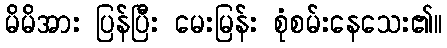
မိမိအား ပြန်ပြီး မေးမြန်း စုံစမ်းနေသေး၏။